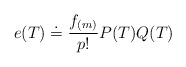
\begin{align*}e(T)\doteq\frac{f_{(m)}}{p!}P(T)Q(T) \end{align*}